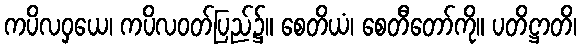
ကပိလဝှယေ၊ ကပိလဝတ်ပြည်၌။ စေတိယံ၊ စေတီတော်ကို။ ပတိဋ္ဌာတိ၊